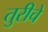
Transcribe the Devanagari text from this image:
तुरीचे